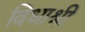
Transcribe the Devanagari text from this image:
विधाश्री